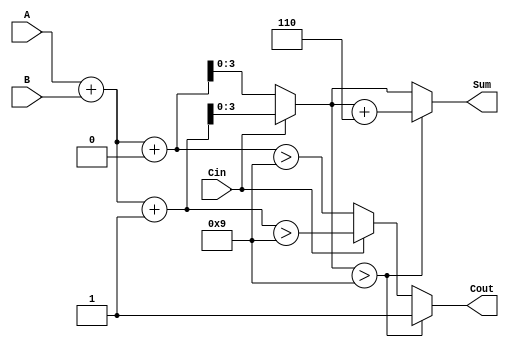
module BCD_MCSA (
    input [3:0] A,      // BCD digit A
    input [3:0] B,      // BCD digit B
    input Cin,          // Carry-in
    output reg [3:0] Sum, // Sum output
    output reg Cout      // Carry-out
);

    wire [4:0] S0, S1;  // Preliminary sums (5 bits to account for carry)
    wire C0, C1;        // Carry-out for both scenarios
    wire [3:0] corrected_sum; // Corrected sum output

    // Initial sum calculations
    assign S0 = A + B + 0;      // Sum when Cin = 0
    assign S1 = A + B + 1;      // Sum when Cin = 1

    // Carry generation
    assign C0 = (S0 > 9);       // Check for carry when Cin = 0
    assign C1 = (S1 > 9);       // Check for carry when Cin = 1

    always @(*) begin
        // Select sum based on Cin
        if (Cin) begin
            Sum = S1[3:0];       // Select S1 when Cin = 1
            Cout = C1;          // Carry-out for S1
        end else begin
            Sum = S0[3:0];       // Select S0 when Cin = 0
            Cout = C0;          // Carry-out for S0
        end

        // BCD correction
        if (Sum > 9) begin
            Sum = Sum + 6;      // Correction: add 6 if the sum exceeds 9
            Cout = 1;           // Set carry-out to 1 after correction
        end else begin
            Cout = Cout;        // Retain the original carry-out
        end
    end

endmodule